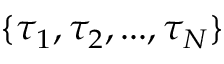
\{ \tau _ { 1 } , \tau _ { 2 } , . . . , \tau _ { N } \}